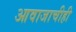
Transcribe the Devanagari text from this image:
आवाजाचीही